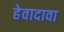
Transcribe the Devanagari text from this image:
हेवादावा